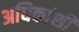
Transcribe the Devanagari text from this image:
अधिकांशी